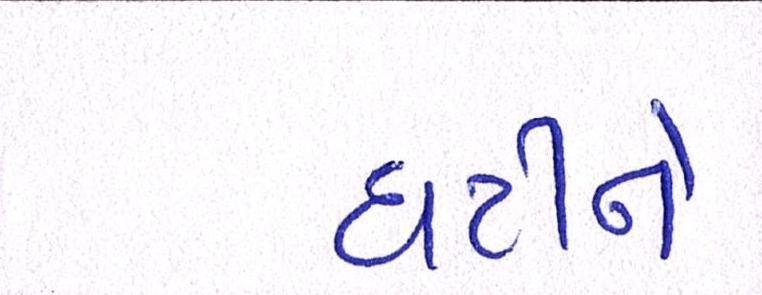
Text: ઘટીને